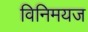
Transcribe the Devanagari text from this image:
विनिमयज